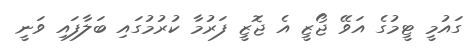
ގައުމީ ޓީމުގެ އަވޭ ޖޯޒީ އެ ޖޮޒީ ފަރުމާ ކުރުމުގައި ބަލާފައި ވަނީ